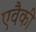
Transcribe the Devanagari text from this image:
एवैकी